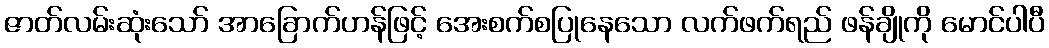
ဇာတ်လမ်းဆုံးသော် အာခြောက်ဟန်ဖြင့် အေးစက်စပြုနေသော လက်ဖက်ရည် ဖန်ချိုကို မောင်ပါပီ